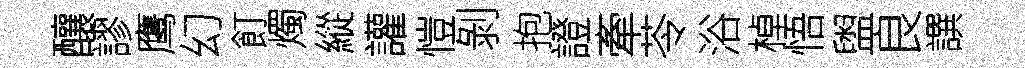
釀謬鹰幻飣燭縱讙愷剝抱證牽苓浴棹悟盥良譔